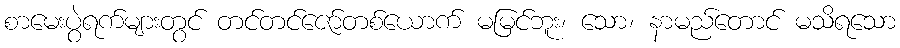
စာမေးပွဲရက်များတွင် တင်တင်ဇော်တစ်ယောက် မမြင်ဘူး၊ သော၊ နာမည်တောင် မသိရသော